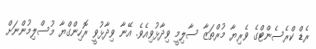
ރެޑް ކްރެސެންޓްގެ ވެރިޔާ މުރްތަޒާ ސާލިމީ ވިދާޅުވިއެވެ. އޭނާ ވިދާޅުވީ ރޮހިންގްޔާ މުސްލިމުންނަށް